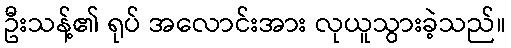
ဦးသန့်၏ ရုပ် အလောင်းအား လုယူသွားခဲ့သည်။